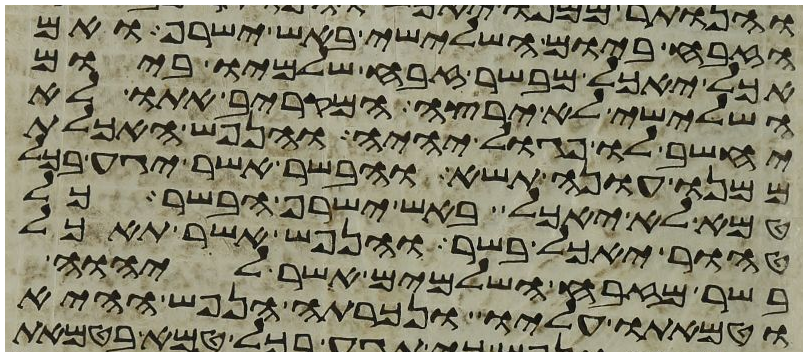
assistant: הזבח ביום השלישי באש ישרף ואם
אכל יאכל מבשר זבח שלמיו ביום
השלישי לא ירצה המקריב אתו לא
יחשב לו פגול יהיה והנפש האכלת
ממנו עונה תשא והבשר אשר יגע בכל
טמא לא יאכל באש ישרף הבשר כל
טהור יאכל בשר והנפש אשר תאכל
בשר מזבח השלמים אשר ליהוה
וטמאתו עליו ונכרתה הנפש ההיא